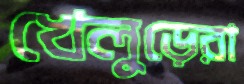
খেলুড়েরা